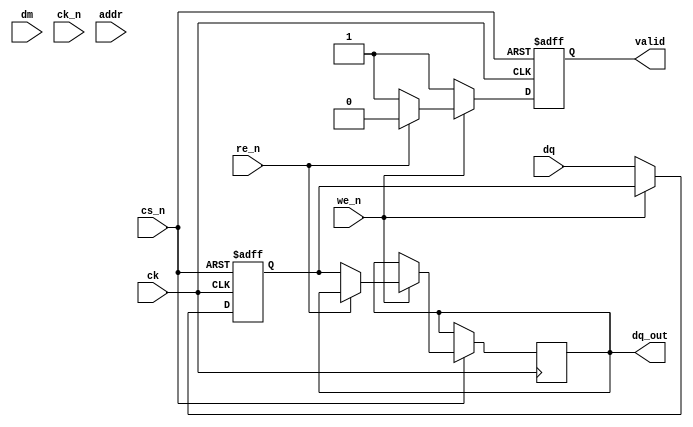
module gddr5x_io_block (
    input wire [15:0] dq,         // Data Lines
    input wire [1:0] dm,          // Data Mask
    input wire ck,                // Clock
    input wire ck_n,              // Inverted Clock
    input wire [31:0] addr,       // Address
    input wire cs_n,              // Chip Select (active low)
    input wire we_n,              // Write Enable (active low)
    input wire re_n,              // Read Enable (active low)
    output wire [15:0] dq_out,    // Data Output
    output wire valid              // Valid signal for data
);

    // Internal signals
    reg [15:0] data_reg;
    reg valid_reg;

    // Clock domain synchronization
    always @(posedge ck or negedge cs_n) begin
        if (!cs_n) begin
            // Reset logic
            data_reg <= 16'b0;
            valid_reg <= 1'b0;
        end else begin
            if (!we_n) begin
                // Write operation
                data_reg <= dq;
                valid_reg <= 1'b1; // Data is valid after write
            end else if (!re_n) begin
                // Read operation
                dq_out <= data_reg; // Output the data
                valid_reg <= 1'b1;   // Data is valid after read
            end else begin
                valid_reg <= 1'b0;   // No valid data
            end
        end
    end

    assign valid = valid_reg;

    // Additional features such as burst mode, PLL, power management, etc.
    // would be implemented here.

endmodule